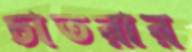
চাতরার